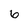
Character: 6